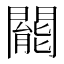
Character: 𨶙